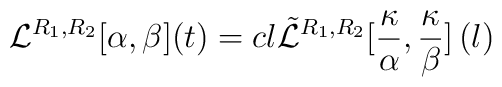
\mathcal{L}^{R_1,R_2}[\alpha,\beta](t) = cl  \tilde{\mathcal{L}}^{R_1,R_2}[\frac{\kappa}{\alpha},\frac{\kappa}{\beta}]  \left(l\right)